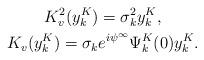
LaTeX: \begin{gather*}K_{v}^2(y_k^K)=\sigma_k^2y_k^K , \\K_{v}(y_k^K)=\sigma_k e^{i\psi^\infty}\Psi_k^K(0) y_k^K.\end{gather*}